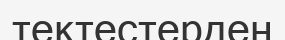
тектестерден